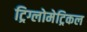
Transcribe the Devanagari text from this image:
ट्रिग्लोमेट्रिकल